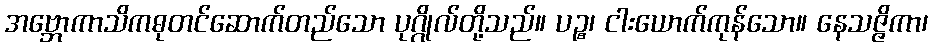
အဗ္ဘောကာသိကဓုတင်ဆောက်တည်သော ပုဂ္ဂိုလ်တို့သည်။ ပဉ္စ၊ ငါးယောက်ကုန်သော။ နေသဇ္ဇိကာ၊